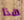
هذا